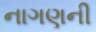
નાગણની